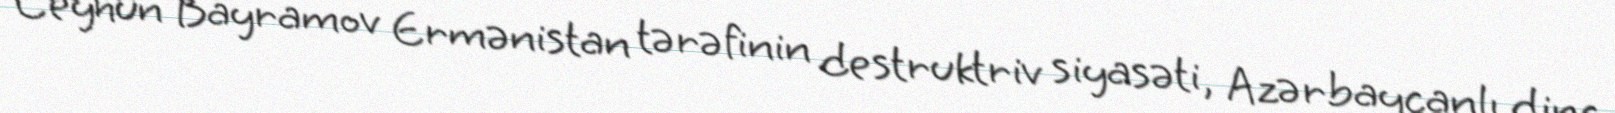
Ceyhun Bayramov Ermənistan tərəfinin destruktriv siyasəti, Azərbaycanlı dinc